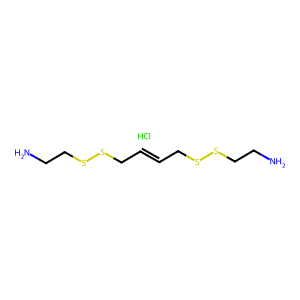
SMILES: Cl.NCCSSCC=CCSSCCN
Inhibits HIV replication: No